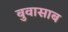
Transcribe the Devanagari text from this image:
बुवासाब